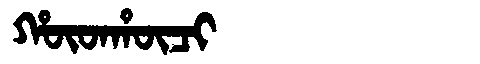
Manchu: ᡥᡡᡨᡥᡡᠴᡳ
Romanization: HŪTHŪCI